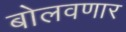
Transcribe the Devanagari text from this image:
बोलवणार